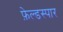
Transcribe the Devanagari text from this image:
फ़ेल्डस्पार